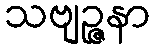
သဗျဉ္ဇနာ